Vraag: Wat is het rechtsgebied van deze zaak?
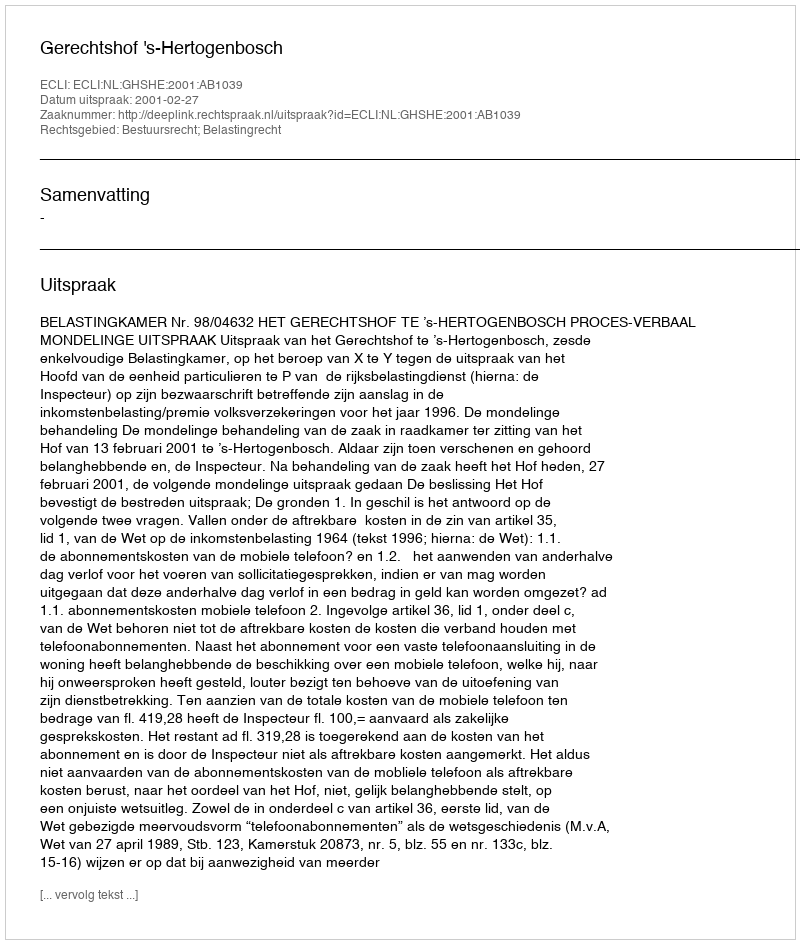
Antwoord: Bestuursrecht; Belastingrecht